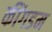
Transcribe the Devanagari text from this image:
कींगडम